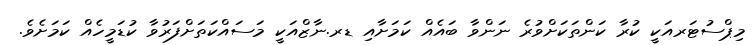
މިޕްސުޓަރއަކީ ކުރާ ކަންތަކަށްވުރެ ނަންވާ ބައެއް ކަމަށާއި ޑރ.ނާޒްއަކީ މަސައްކަތަށްފަރުވާ ކުޑަމީހެއް ކަމަށެވެ.